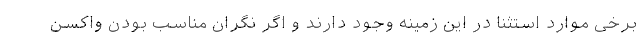
برخی موارد استثنا در این زمینه وجود دارند و اگر نگران مناسب بودن واکسن